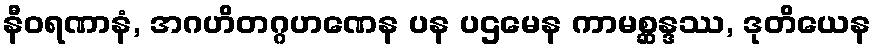
နီဝရဏာနံ, အဂဟိတဂ္ဂဟဏေန ပန ပဌမေန ကာမစ္ဆန္ဒဿ, ဒုတိယေန